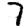
Digit: 7